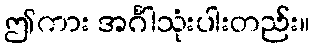
ဤကား အင်္ဂါသုံးပါးတည်း။